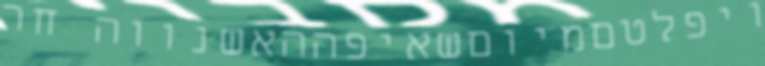
ויפלטםמיוםשאיפההאשנווה חר